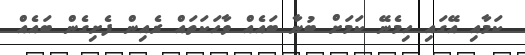
ކަމާއި އޭގައި ހިމެނޭ ކަމަށް ބުނާ ބައެއް ވާހަކަތައް ރެއިން ފެށިގެން ބައެއް